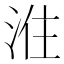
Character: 𭰠